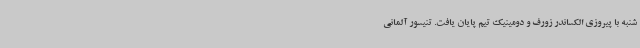
شنبه با پیروزی الکساندر زورف و دومینیک تیم پایان یافت. تنیسور آلمانی